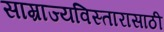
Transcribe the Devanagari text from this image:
साम्राज्यविस्तारासाठी